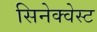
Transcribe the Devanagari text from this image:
सिनेक्वेस्ट